Source: Handwritten
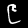
Digit: ၉ (9)